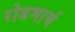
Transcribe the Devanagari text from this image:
रोडमार्च